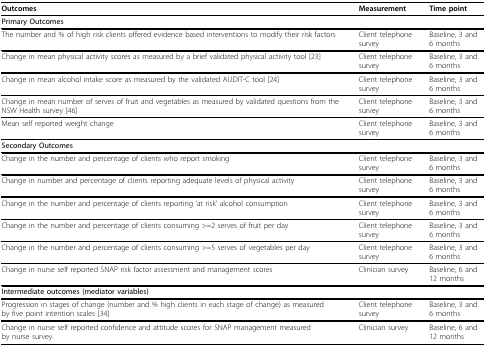
<table><thead><tr><td><b>Outcomes</b></td><td><b>Measurement</b></td><td><b>Time point</b></td></tr></thead><tbody><tr><td colspan="3"><i><b>Primary Outcomes</b></i></td></tr><tr><td>The number and % of high risk clients offered evidence based interventions to modify their risk factors</td><td>Client telephone survey</td><td>Baseline, 3 and 6 months</td></tr><tr><td>Change in mean physical activity scores as measured by a brief validated physical activity tool [23]</td><td>Client telephone survey</td><td>Baseline, 3 and 6 months</td></tr><tr><td>Change in mean alcohol intake score as measured by the validated AUDIT-C tool [24]</td><td>Client telephone survey</td><td>Baseline, 3 and 6 months</td></tr><tr><td>Change in mean number of serves of fruit and vegetables as measured by validated questions from the NSW Health survey [46]</td><td>Client telephone survey</td><td>Baseline, 3 and 6 months</td></tr><tr><td>Mean self reported weight change</td><td>Client telephone survey</td><td>Baseline, 3 and 6 months</td></tr><tr><td colspan="3"><i><b>Secondary Outcomes</b></i></td></tr><tr><td>Change in the number and percentage of clients who report smoking</td><td>Client telephone survey</td><td>Baseline, 3 and 6 months</td></tr><tr><td>Change in number and percentage of clients reporting adequate levels of physical activity</td><td>Client telephone survey</td><td>Baseline, 3 and 6 months</td></tr><tr><td>Change in the number and percentage of clients reporting &#x27;at risk&#x27; alcohol consumption</td><td>Client telephone survey</td><td>Baseline, 3 and 6 months</td></tr><tr><td>Change in the number and percentage of clients consuming &gt;=2 serves of fruit per day</td><td>Client telephone survey</td><td>Baseline, 3 and 6 months</td></tr><tr><td>Change in the number and percentage of clients consuming &gt;=5 serves of vegetables per day</td><td>Client telephone survey</td><td>Baseline, 3 and 6 months</td></tr><tr><td>Change in nurse self reported SNAP risk factor assessment and management scores</td><td>Clinician survey</td><td>Baseline, 6 and 12 months</td></tr><tr><td colspan="3"><i><b>Intermediate outcomes (mediator variables)</b></i></td></tr><tr><td>Progression in stages of change (number and % high clients in each stage of change) as measured by five point intention scales [34]</td><td>Client telephone survey</td><td>Baseline, 3 and 6 months</td></tr><tr><td>Change in nurse self reported confidence and attitude scores for SNAP management measured by nurse survey.</td><td>Clinician survey</td><td>Baseline, 6 and 12 months</td></tr></tbody></table>